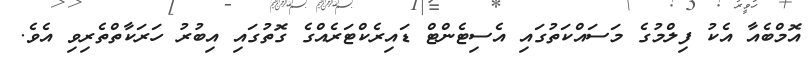
އޮމްބެއާ އެކު ފިލްމުގެ މަސައްކަތުގައި އެސިޓެންޓް ޑައިރެކްޓަރެއްގެ ގޮތުގައި އިބުރު ހަރަކާތްތެރިވި އެވެ.